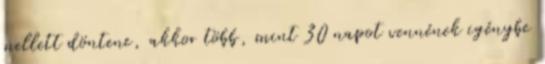
mellett döntene, akkor több, mint 30 napot vennének igénybe